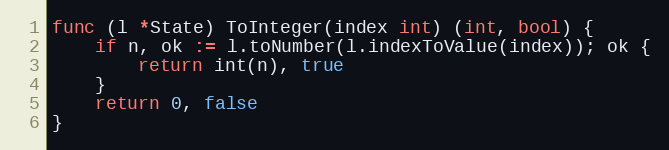
Language: Go
func (l *State) ToInteger(index int) (int, bool) {
	if n, ok := l.toNumber(l.indexToValue(index)); ok {
		return int(n), true
	}
	return 0, false
}